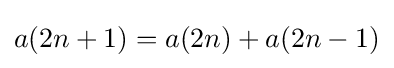
a(2n+1)=a(2n)+a(2n-1)